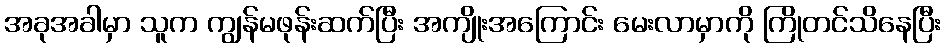
အခုအခါမှာ သူက ကျွန်မဖုန်းဆက်ပြီး အကျိုးအကြောင်း မေးလာမှာကို ကြိုတင်သိနေပြီး